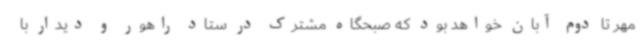
مهر تا دوم آبان خواهد بود که صبحگاه مشترک در ستاد راهور و دیدار با